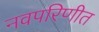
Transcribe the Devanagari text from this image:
नवपरिणीत